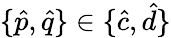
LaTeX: \{ \hat{p},\hat{q}\} \in\{ \hat{c},\hat{d}\}